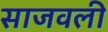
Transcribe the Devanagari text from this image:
साजवली